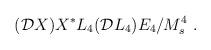
LaTeX: \begin{align*}({\cal D}X) X^* L_4({\cal D} L_4) E_4/M_s^4~.\end{align*}